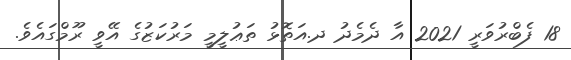
18 ފެބްރުވަރީ 2021 އާ ދެމެދު ދ.އަތޮޅު ތަޢުލީމީ މަރުކަޒުގެ އޭވީ ރޫމްގައެވެ.